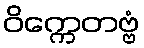
ဝိက္ကေတဗ္ဗံ